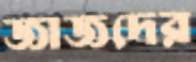
জাজদের